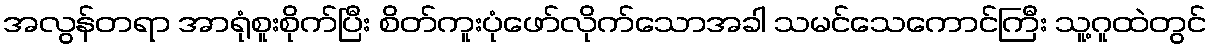
အလွန်တရာ အာရုံစူးစိုက်ပြီး စိတ်ကူးပုံဖော်လိုက်သောအခါ သမင်သေကောင်ကြီး သူ့ဂူထဲတွင်